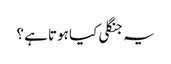
یہ جنگلی کیا ہوتا ہے ؟